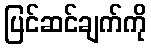
ပြင်ဆင်ချက်ကို